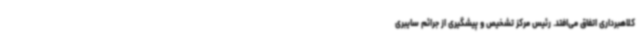
کلاهبرداری اتفاق می‌افتد. رئیس مرکز تشخیص و پیشگیری از جرائم سایبری